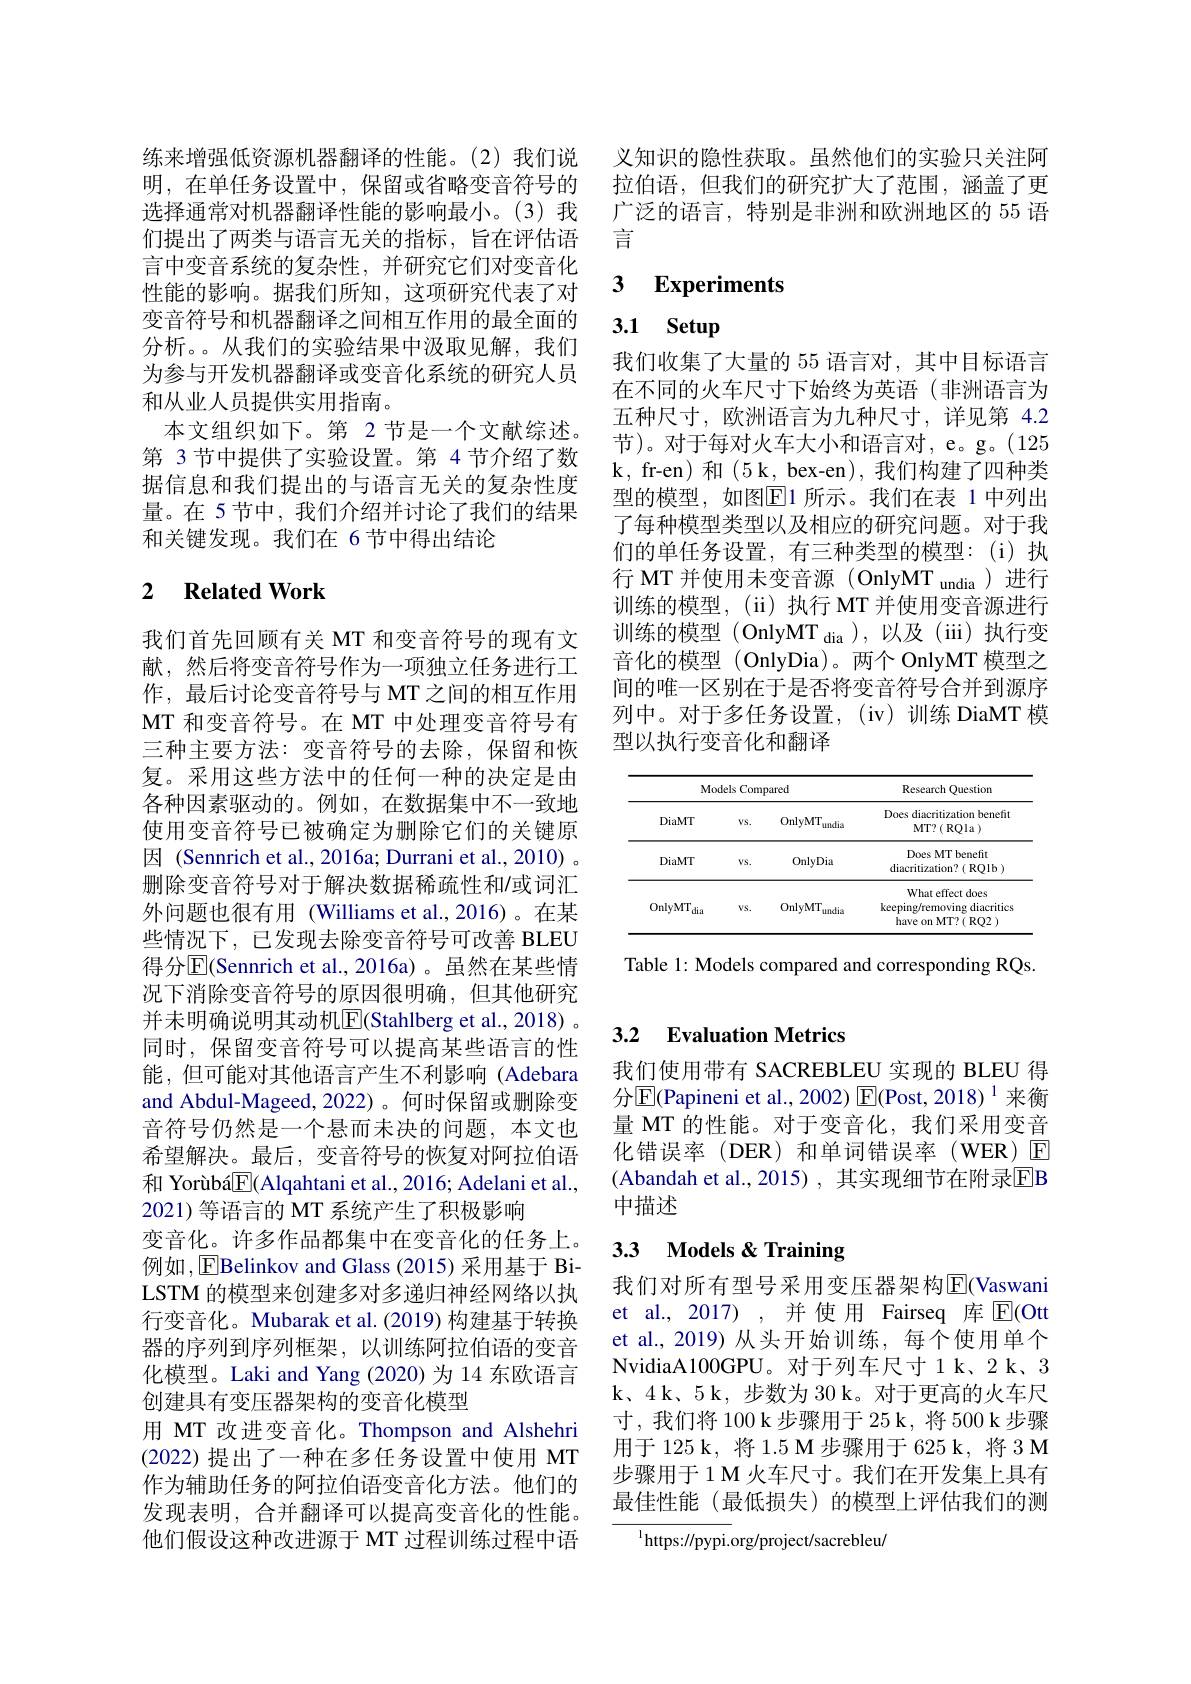
练来增强低资源机器翻译的性能。(2)我们说明，在单任务设置中，保留或省略变音符号的选择通常对机器翻译性能的影响最小。(3)我们提出了两类与语言无关的指标，旨在评估语言中变音系统的复杂性，并研究它们对变音化性能的影响。据我们所知，这项研究代表了对变音符号和机器翻译之间相互作用的最全面的分析。。从我们的实验结果中汲取见解，我们为参与开发机器翻译或变音化系统的研究人员和从业人员提供实用指南。
本文组织如下。第 2 节是一个文献综述。第 3 节中提供了实验设置。第 4 节介绍了数据信息和我们提出的与语言无关的复杂性度量。在 5节中，我们介绍并讨论了我们的结果和关键发现。我们在 6节中得出结论

### 2 $\textbf{Related Work}$

我们首先回顾有关 MT 和变音符号的现有文献，然后将变音符号作为一项独立任务进行工作，最后讨论变音符号与 MT 之间的相互作用MT 和变音符号。在 MT 中处理变音符号有三种主要方法：变音符号的去除，保留和恢复。采用这些方法中的任何一种的决定是由各种因素驱动的。例如，在数据集中不一致地使用变音符号已被确定为删除它们的关键原因 (Sennrich et al., 2016a; Durrani et al., 2010) 。删除变音符号对于解决数据稀疏性和/或词汇外问题也很有用 (Williams et al.,2016)。在某些情况下，已发现去除变音符号可改善 BLEU 得分$\overline{\mathrm{E}}($Sennrich et al., 2016a)。虽然在某些情况下消除变音符号的原因很明确，但其他研究并未明确说明其动机$\overline{\mathrm{E}}($Stahlberg et al., 2018) 。同时，保留变音符号可以提高某些语言的性能，但可能对其他语言产生不利影响(Adebara and Abdul-Mageed,2022)。何时保留或删除变音符号仍然是一个悬而未决的问题，本文也希望解决。最后，变音符号的恢复对阿拉伯语和 Yorùbá$\underline{\mathrm{E}}($Alqahtani et al., 2016; Adelani et al., 2021)等语言的 MT 系统产生了积极影响
变音化。许多作品都集中在变音化的任务上。例如，EBelinkov and Glass(2015) 采用基于 BiLSTM 的模型来创建多对多递归神经网络以执行变音化。Mubarak et al. (2019) 构建基于转换器的序列到序列框架，以训练阿拉伯语的变音化模型。Laki and Yang (2020)为 14 东欧语言创建具有变压器架构的变音化模型
用 MT 改进变音化。Thompson and Alshehri (2022) 提出了一种在多任务设置中使用 MT 作为辅助任务的阿拉伯语变音化方法。他们的发现表明，合并翻译可以提高变音化的性能。他们假设这种改进源于 MT 过程训练过程中语

义知识的隐性获取。虽然他们的实验只关注阿拉伯语，但我们的研究扩大了范围，涵盖了更广泛的语言，特别是非洲和欧洲地区的 55 语言

### 3 $\textbf{Experiments}$

3.1 Setup

我们收集了大量的 55 语言对，其中目标语言在不同的火车尺寸下始终为英语(非洲语言为五种尺寸，欧洲语言为九种尺寸，详见第 4.2节)。对于每对火车大小和语言对，e。g。(125 $\mathbf{k}$, fr-en)和(5 k, bex-en),我们构建了四种类型的模型，如图$\overline{\mathbb{E}}$1 所示。我们在表 1 中列出了每种模型类型以及相应的研究问题。对于我们的单任务设置，有三种类型的模型：(i)执行 MT 并使用未变音源 (OnlyMT undia )进行训练的模型，(ii)执行 MT 并使用变音源进行训练的模型 (OnlyMT $_\mathrm{dia}$ ),以及(iii)执行变音化的模型 (OnlyDia)。两个 OnlyMT 模型之间的唯一区别在于是否将变音符号合并到源序列中。对于多任务设置，(iv)训练 DiaMT 模型以执行变音化和翻译

<table>
	<tbody>
		<tr>
			<th colspan="3">Models Compared</th>
			<th rowspan="2">Research Questiom Does diacritization benefit MT? ( RQla ) </th>
		</tr>
		<tr>
			<th>DiaMT</th>
			<th>$VS.$</th>
			<th>OnlyMT $\cdot$undia</th>
		</tr>
		<tr>
			<td>DiaMT</td>
			<td>$VS.$</td>
			<td>OnlyDia</td>
			<td>Does MT benefit diacritization?( RQlb )</td>
		</tr>
		<tr>
			<td>OnlyMT dia</td>
			<td>$VS.$</td>
			<td>OnlyMT $\Gamma_{\mathrm{undia}}$</td>
			<td>What effect does keeping/removing diacritic have on MT?( RO2)</td>
		</tr>
	</tbody>
</table>

Table 1: Models compared and corresponding RQs

### 3.2 $\textbf{Evaluation Metrics}$

我们使用带有 SACREBLEU 实现的 BLEU 得分$\boxed{\mathrm{E}}($Papineni et al.,2002)$\boxed{\mathrm{E}}($Post,2018)$^{1}$来衡量 MT 的性能。对于变音化，我们采用变音化错误率(DER)和单词错误率(WER)☑ (Abandah et al.,2015), 其实现细节在附录EB 中描述

# 3.3 Models & Training

我们对所有型号采用变压器架构$\boxed{\mathrm{E}}($Vaswani et al., 2017) ,并使用 Fairseq 库$\overline{\mathrm{E}}($Ott et al.,2019) 从头开始训练，每个使用单个NvidiaA100GPU。对于列车尺寸 1 k、2 k、3 k、4k、5 k, 步数为 30 k。对于更高的火车尺寸，我们将 100 k 步骤用于 25 k, 将 500 k 步骤用于125 k, 将 1.5 M 步骤用于 625 k, 将 3 M 步骤用于1 M 火车尺寸。我们在开发集上具有最佳性能(最低损失)的模型上评估我们的测

${^{1}\mathrm{https://pypi.}}$org/project/sacrebleu/